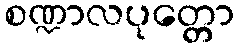
စဏ္ဍာလပုတ္တော